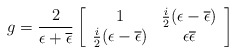
\begin{align*}g={2\over \epsilon +\overline{\epsilon}}\left[\begin{array}{cc}1&{i\over 2} (\epsilon -\overline{\epsilon}) \\{i\over 2} (\epsilon -\overline{\epsilon})&\epsilon \overline{\epsilon}\end{array}\right]\end{align*}